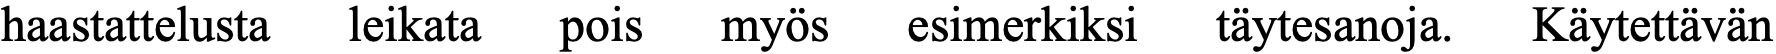
haastattelusta leikata pois myös esimerkiksi täytesanoja. Käytettävän